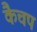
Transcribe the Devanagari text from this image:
कैचप